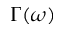
\Gamma ( \omega )